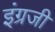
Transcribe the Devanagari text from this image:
इंंग्रजी